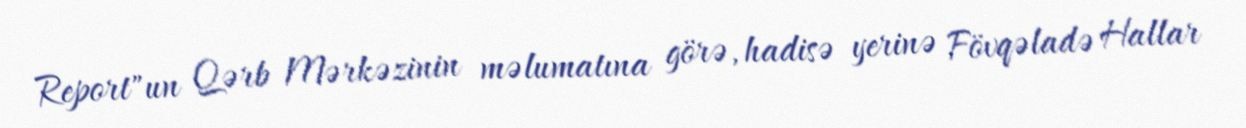
Report"un Qərb Mərkəzinin məlumatına görə, hadisə yerinə Fövqəladə Hallar